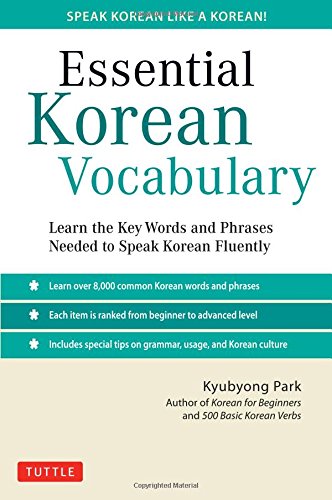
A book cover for Essential Korean Vocabulary: Learn the Key Words and Phrases Needed to Speak Korean Fluently; Kyubyong Park; Travel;